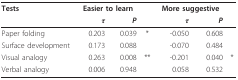
<table><thead><tr><td><b>Tests</b></td><td colspan="2"><b>Easier to learn</b></td><td></td><td colspan="2"><b>More suggestive</b></td><td></td></tr><tr><td></td><td><b><i>τ</i></b></td><td><b><i>P</i></b></td><td></td><td><b><i>τ</i></b></td><td><b><i>P</i></b></td><td></td></tr></thead><tbody><tr><td>Paper folding</td><td>0.203</td><td>0.039</td><td>*</td><td>-0.050</td><td>0.608</td><td></td></tr><tr><td>Surface development</td><td>0.173</td><td>0.088</td><td></td><td>-0.070</td><td>0.484</td><td></td></tr><tr><td>Visual analogy</td><td>0.263</td><td>0.008</td><td>**</td><td>-0.201</td><td>0.040</td><td>*</td></tr><tr><td>Verbal analogy</td><td>0.006</td><td>0.948</td><td></td><td>0.058</td><td>0.532</td><td></td></tr></tbody></table>